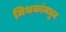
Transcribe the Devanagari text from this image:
मिथकांमधुन